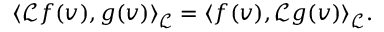
\langle \mathcal { L } f ( v ) , g ( v ) \rangle _ { \mathcal { L } } = \langle f ( v ) , \mathcal { L } g ( v ) \rangle _ { \mathcal { L } } .